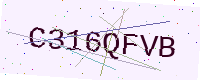
Text: C316QFVB